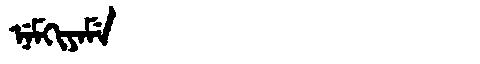
Manchu: ᠨᡝᠮᡴᡳᠶᠠᠮᡝ
Romanization: NEMKIYAME